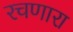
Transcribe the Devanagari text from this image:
रचणारा